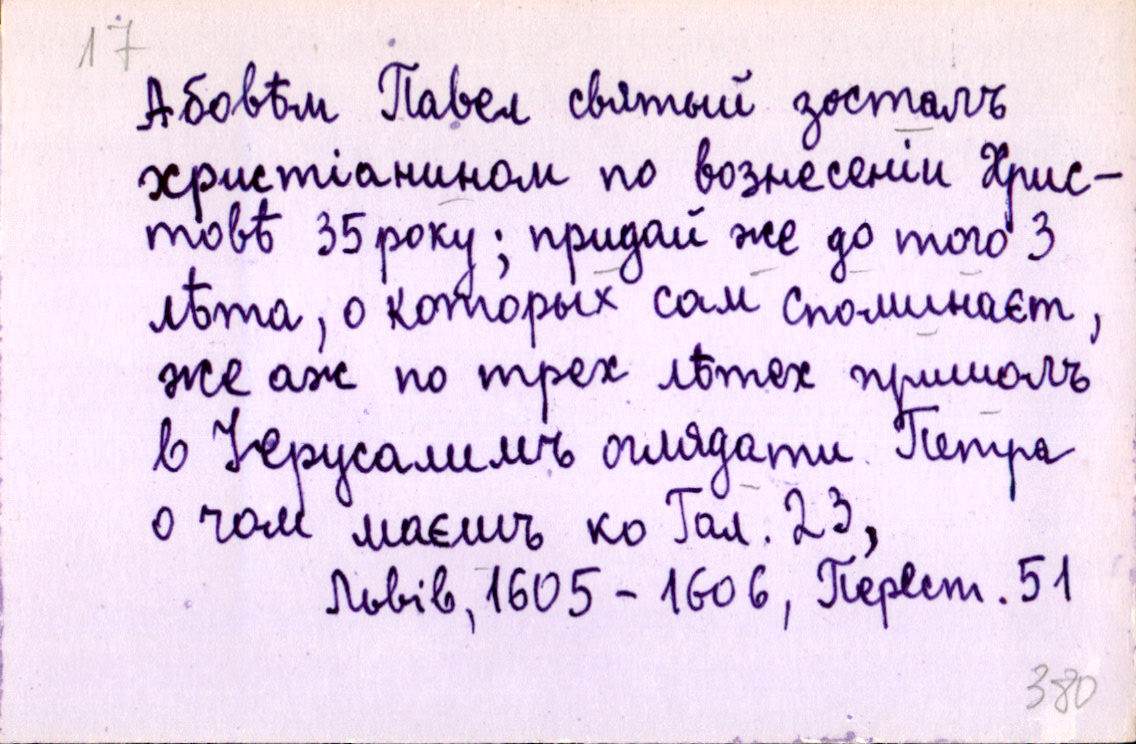
Абовѣм Павел святый зосталъ
христіаниномъ по вознесеніи Хрис-
товѣ 35 року; придай же до того 3
лѣта, о которых сам споминаєт,
же аж по трех лѣтех пришолъ
в Іерусалимъ оглядати Петра
о чом маєшъ ко Гал. 23,
Львів, 1605 - 1606, Перест. 51